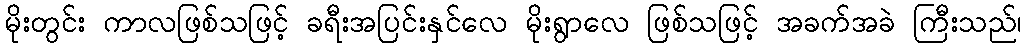
မိုးတွင်း ကာလဖြစ်သဖြင့် ခရီးအပြင်းနှင်လေ မိုးရွာလေ ဖြစ်သဖြင့် အခက်အခဲ ကြီးသည်၊